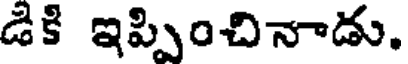
డికి ఇప్పించినాడు.